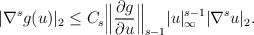
LaTeX: \begin{align*}|\nabla^s g(u)|_2\leq C_s\Big \|\frac{\partial g}{\partial u }\Big\|_{s-1}|u|^{s-1}_{\infty}|\nabla^s u|_{2}.\end{align*}